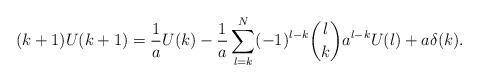
LaTeX: \begin{align*} (k+1) U(k+1) = \frac{1}{a} U(k) - \frac{1}{a} \sum\limits_{l=k}^{N} (-1)^{l-k} \binom{l}{k} a^{l-k} U(l) + a \delta (k).\end{align*}